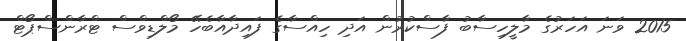
2015 ވަނަ އަހަރުގެ މާލީހިސާބު ފާސްކުރުން އަދި ހިއްސާގެ ފައިދާއާބެހޭ މޯލްޑިވްސް ޓްރާންސްޕޯޓް